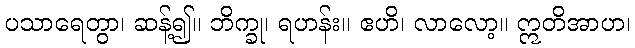
ပသာရေတွာ၊ ဆန့်၍။ ဘိက္ခု၊ ရဟန်း။ ဧဟိ၊ လာလော့။ ဣတိအာဟ၊